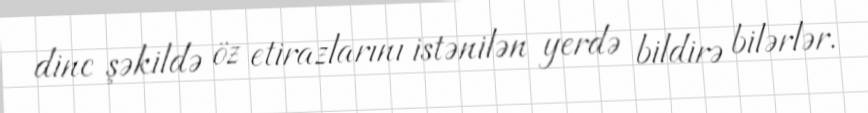
dinc şəkildə öz etirazlarını istənilən yerdə bildirə bilərlər.